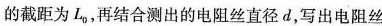
的截距为L_{0}，再结合测出的电阻丝直径d，写出电阻丝